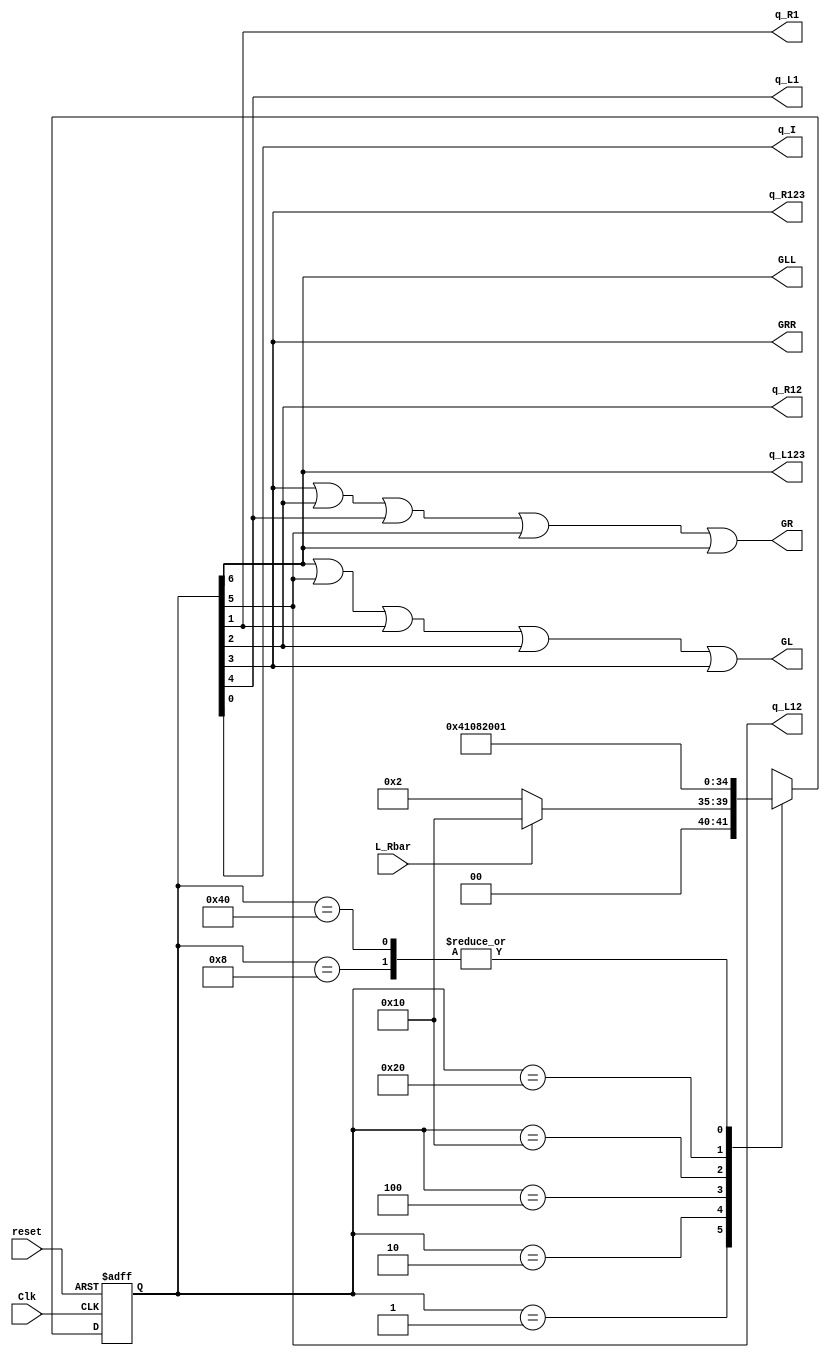
//////////////////////////////////////////////////////////////////////////////////
// Revised: Gandhi 2/6/2012 replaced `define with localparam
// Description: 
//
//
// Revision: 		1.1
// Additional Comments: 
//
//////////////////////////////////////////////////////////////////////////////////

`timescale 1ns / 1ps

module ee201_detour_sm(Clk, reset, L_Rbar, q_I, q_R1, q_R12, q_R123, q_L1, q_L12, q_L123, 
								GLL, GL, GR, GRR);

	/*  INPUTS */
	// Clock & Reset
	input		Clk, reset;
	input 	L_Rbar;
	
	/*  OUTPUTS */
	// store current state
	output q_I, q_R1, q_R12, q_R123, q_L1, q_L12, q_L123;
	reg [6:0] state;	
	
	assign {q_L123, q_L12, q_L1, q_R123, q_R12, q_R1, q_I} = state;
		
	// lets make accessing the state information easier within the state machine code
	// each line aliases the approriate state bits and sets up a 1-hot code
	localparam
	    QI		=   7'b0000001,
	    QR1		=   7'b0000010,
	    QR12	=   7'b0000100,
	    QR123	=   7'b0001000,
	    QL1		=   7'b0010000,
	    QL12	=   7'b0100000,
	    QL123	=   7'b1000000,
	    UNK		=   7'bXXXXXXX;
	
	// our output leds (leftleft, left, right, rightright)
	output GLL, GL, GR, GRR;	
	

	// NSL AND SM
	always @ (posedge Clk, posedge reset)
	begin
		if(reset)
			state <= QI;
		else 
		begin
			case(state)
				QI:
					// dont worry about async reset here because 'if' statement considers this first
					if(L_Rbar)
						// switch left
						state <= QL1;
					else
						// switch right
						state <= QR1;
				// these are pretty boring, just unconditionals
				QR1:		state <= QR12;
				QR12:		state <= QR123;
				QR123:		state <= QI;	
				QL1:		state <= QL12;	
				QL12:		state <= QL123;	
				QL123:		state <= QI;	
				default:	state <= UNK;
			endcase
		end
	end
	
	
	// OFL
	assign GLL = q_L123;
	assign GL  = q_L123 | q_L12 | q_R1 | q_R12 | q_R123;
	assign GR  = q_R123 | q_R12 | q_L1 | q_L12 | q_L123;
	assign GRR = q_R123;
	
endmodule